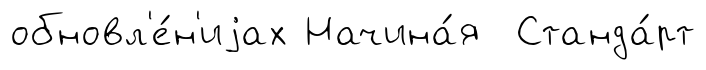
обновл'е́н'иjах Начина́я Станда́рт